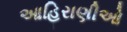
આહિરાણીઓ